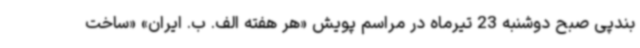
بندپی صبح دوشنبه 23 تیرماه در مراسم پویش «هر هفته الف. ب. ایران» «ساخت